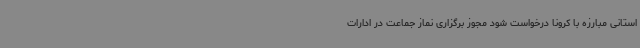
استانی مبارزه با کرونا درخواست شود مجوز برگزاری نماز جماعت در ادارات